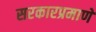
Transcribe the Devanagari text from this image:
सरकारप्रमाणे